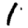
Digit: 1